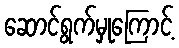
ဆောင်ရွက်မှုကြောင့်